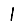
Digit: 1